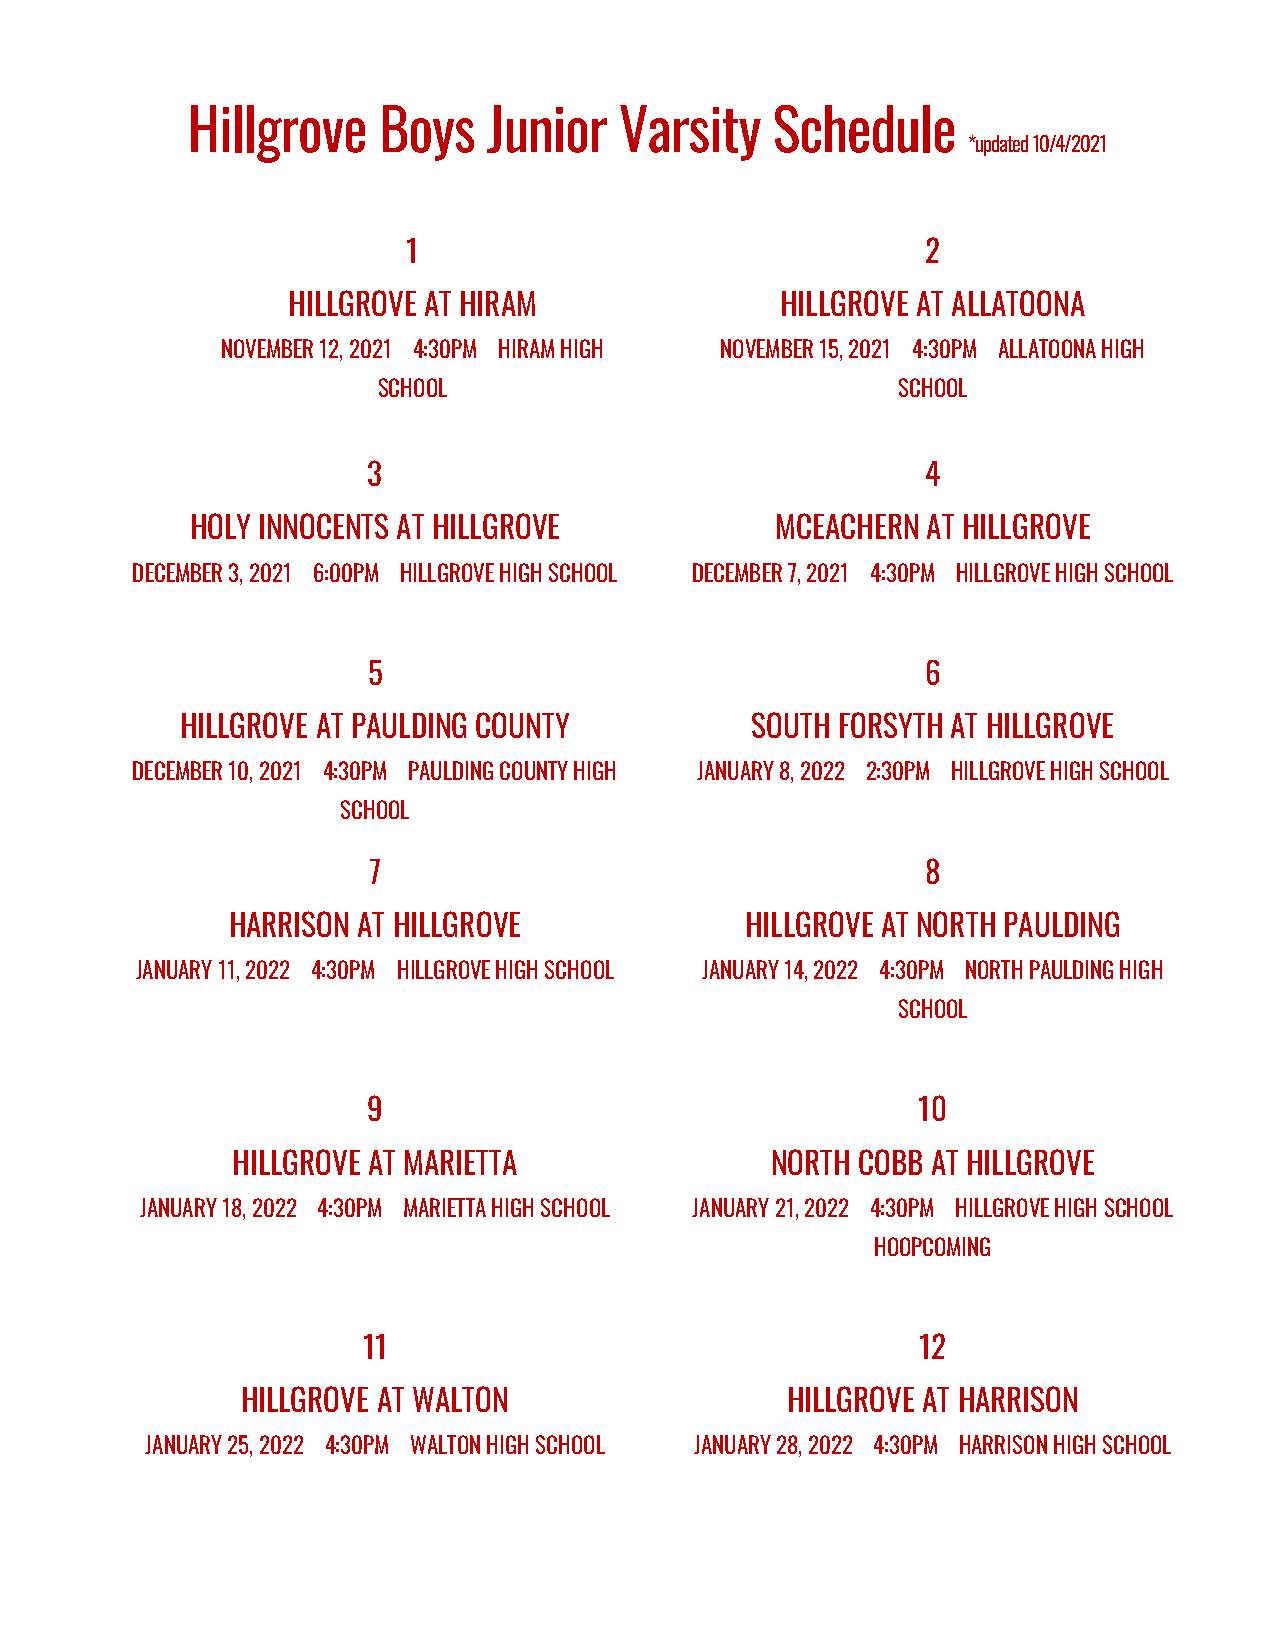
Hillgrove    Boys   Junior   Varsity   Schedule
 *updated 10/4/2021
 1                                 2
 HILLGROVE AT HIRAM               HILLGROVE AT ALLATOONA
 NOVEMBER 12, 2021 4:30PM HIRAM HIGH NOVEMBER 15, 2021 4:30PM ALLATOONA HIGH
 SCHOOL                            SCHOOL
 3                                    4
 HOLY INNOCENTS AT HILLGROVE           MCEACHERN AT HILLGROVE
 DECEMBER 3, 2021 6:00PM HILLGROVE HIGH SCHOOL DECEMBER 7, 2021 4:30PM HILLGROVE HIGH SCHOOL
 5                                    6
 HILLGROVE AT PAULDING COUNTY          SOUTH FORSYTH AT HILLGROVE
 DECEMBER 10, 2021 4:30PM PAULDING COUNTY HIGH JANUARY 8, 2022 2:30PM HILLGROVE HIGH SCHOOL
 SCHOOL
 7                                    8
 HARRISON AT HILLGROVE             HILLGROVE AT NORTH PAULDING
 JANUARY 11, 2022 4:30PM HILLGROVE HIGH SCHOOL JANUARY 14, 2022 4:30PM NORTH PAULDING HIGH
 SCHOOL
 9                                    10
 HILLGROVE AT MARIETTA               NORTH COBB AT HILLGROVE
 JANUARY 18, 2022 4:30PM MARIETTA HIGH SCHOOL JANUARY 21, 2022 4:30PM HILLGROVE HIGH SCHOOL
 HOOPCOMING
 11                                   12
 HILLGROVE AT WALTON                 HILLGROVE AT HARRISON
 JANUARY 25, 2022 4:30PM WALTON HIGH SCHOOL JANUARY 28, 2022 4:30PM HARRISON HIGH SCHOOL